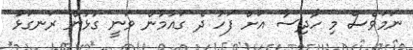
ނަމަވެސް މި ހާދިސާ އަށް ފަހު ދެ ގައުމުން ވަނީ ގުޅުން ރަނގަޅު